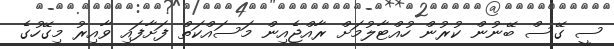
ސީ ގޭސް ބޭނުން ކުރުން ހުއްޓާލުމަށް ރާއްޖެއިން މަސައްކަތް ފަށާފައި ވާއިރު މިގޭހުގެ